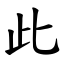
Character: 此